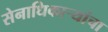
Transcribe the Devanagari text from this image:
सेनाधिकाऱ्यांचा